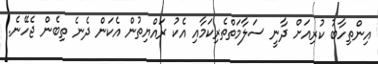
އިންތިހާބު ކުރިއަށް ދާނީ ސަލާމަތްތެރިކަމާއި އެކު ރައްޔިތުން އެކަން ދެނެ ތިބެން ޖެހޭނެ.